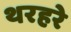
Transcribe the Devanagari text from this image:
थरहरे